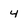
Character: 4